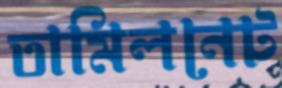
তামিলনেট